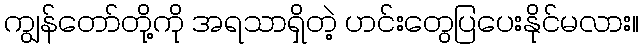
ကျွန်တော်တို့ကို အရသာရှိတဲ့ ဟင်းတွေပြပေးနိုင်မလား။